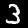
Label: 3